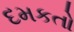
દમકતો